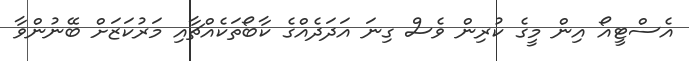
އެސްޓީއޯ އިން މީގެ ކުރިން ވެސް ގިނަ އަދަދެއްގެ ކާބޯތަކެއްޗާއި މަރުކަޒަށް ބޭނުންވާ